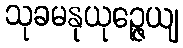
သုခမနုယုဉ္ဇေယျ